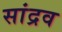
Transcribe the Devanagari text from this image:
सांद्रव